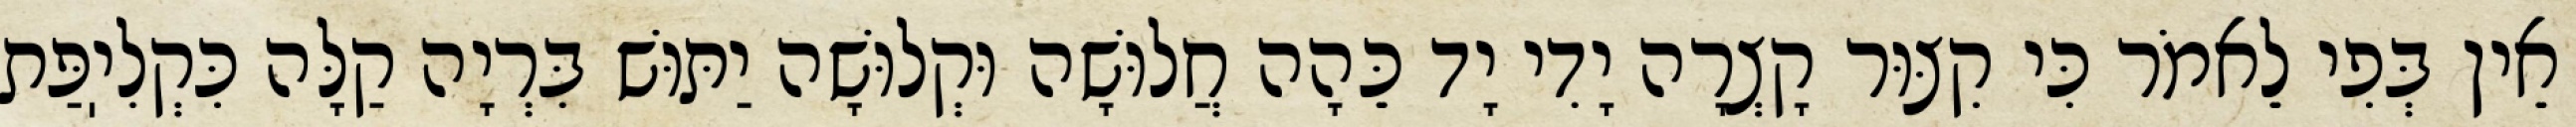
אֵין בְּפִי לֵאמֹר כִּי קִצּוּר קָצְרָה יָדִי יָד כֵּהָה חֲלוּשָׁה וּקְלוּשָׁה יַתּוּשׁ בִּרְיָה קַלָּה כִּקְלִיֽפַּת